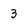
Character: 3